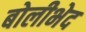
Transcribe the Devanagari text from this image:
बोलीभेद